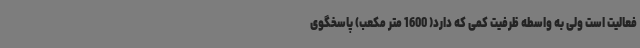
فعالیت است ولی به واسطه ظرفیت کمی که دارد( 1600 متر مکعب) پاسخگوی